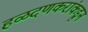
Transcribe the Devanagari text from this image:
हळदणकरांकडून